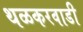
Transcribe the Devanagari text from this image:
थळकरवाडी